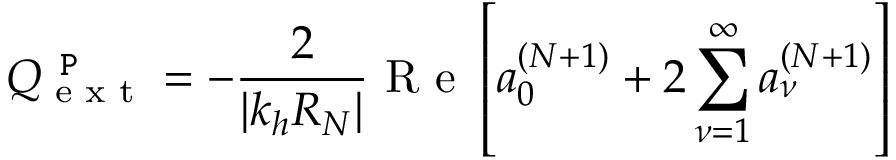
Q _ { \textrm { e x t } } ^ { \texttt { P } } = - \frac { 2 } { | k _ { h } R _ { N } | } \textrm { R e } \left[ a _ { 0 } ^ { ( N + 1 ) } + 2 \sum _ { \nu = 1 } ^ { \infty } a _ { \nu } ^ { ( N + 1 ) } \right]